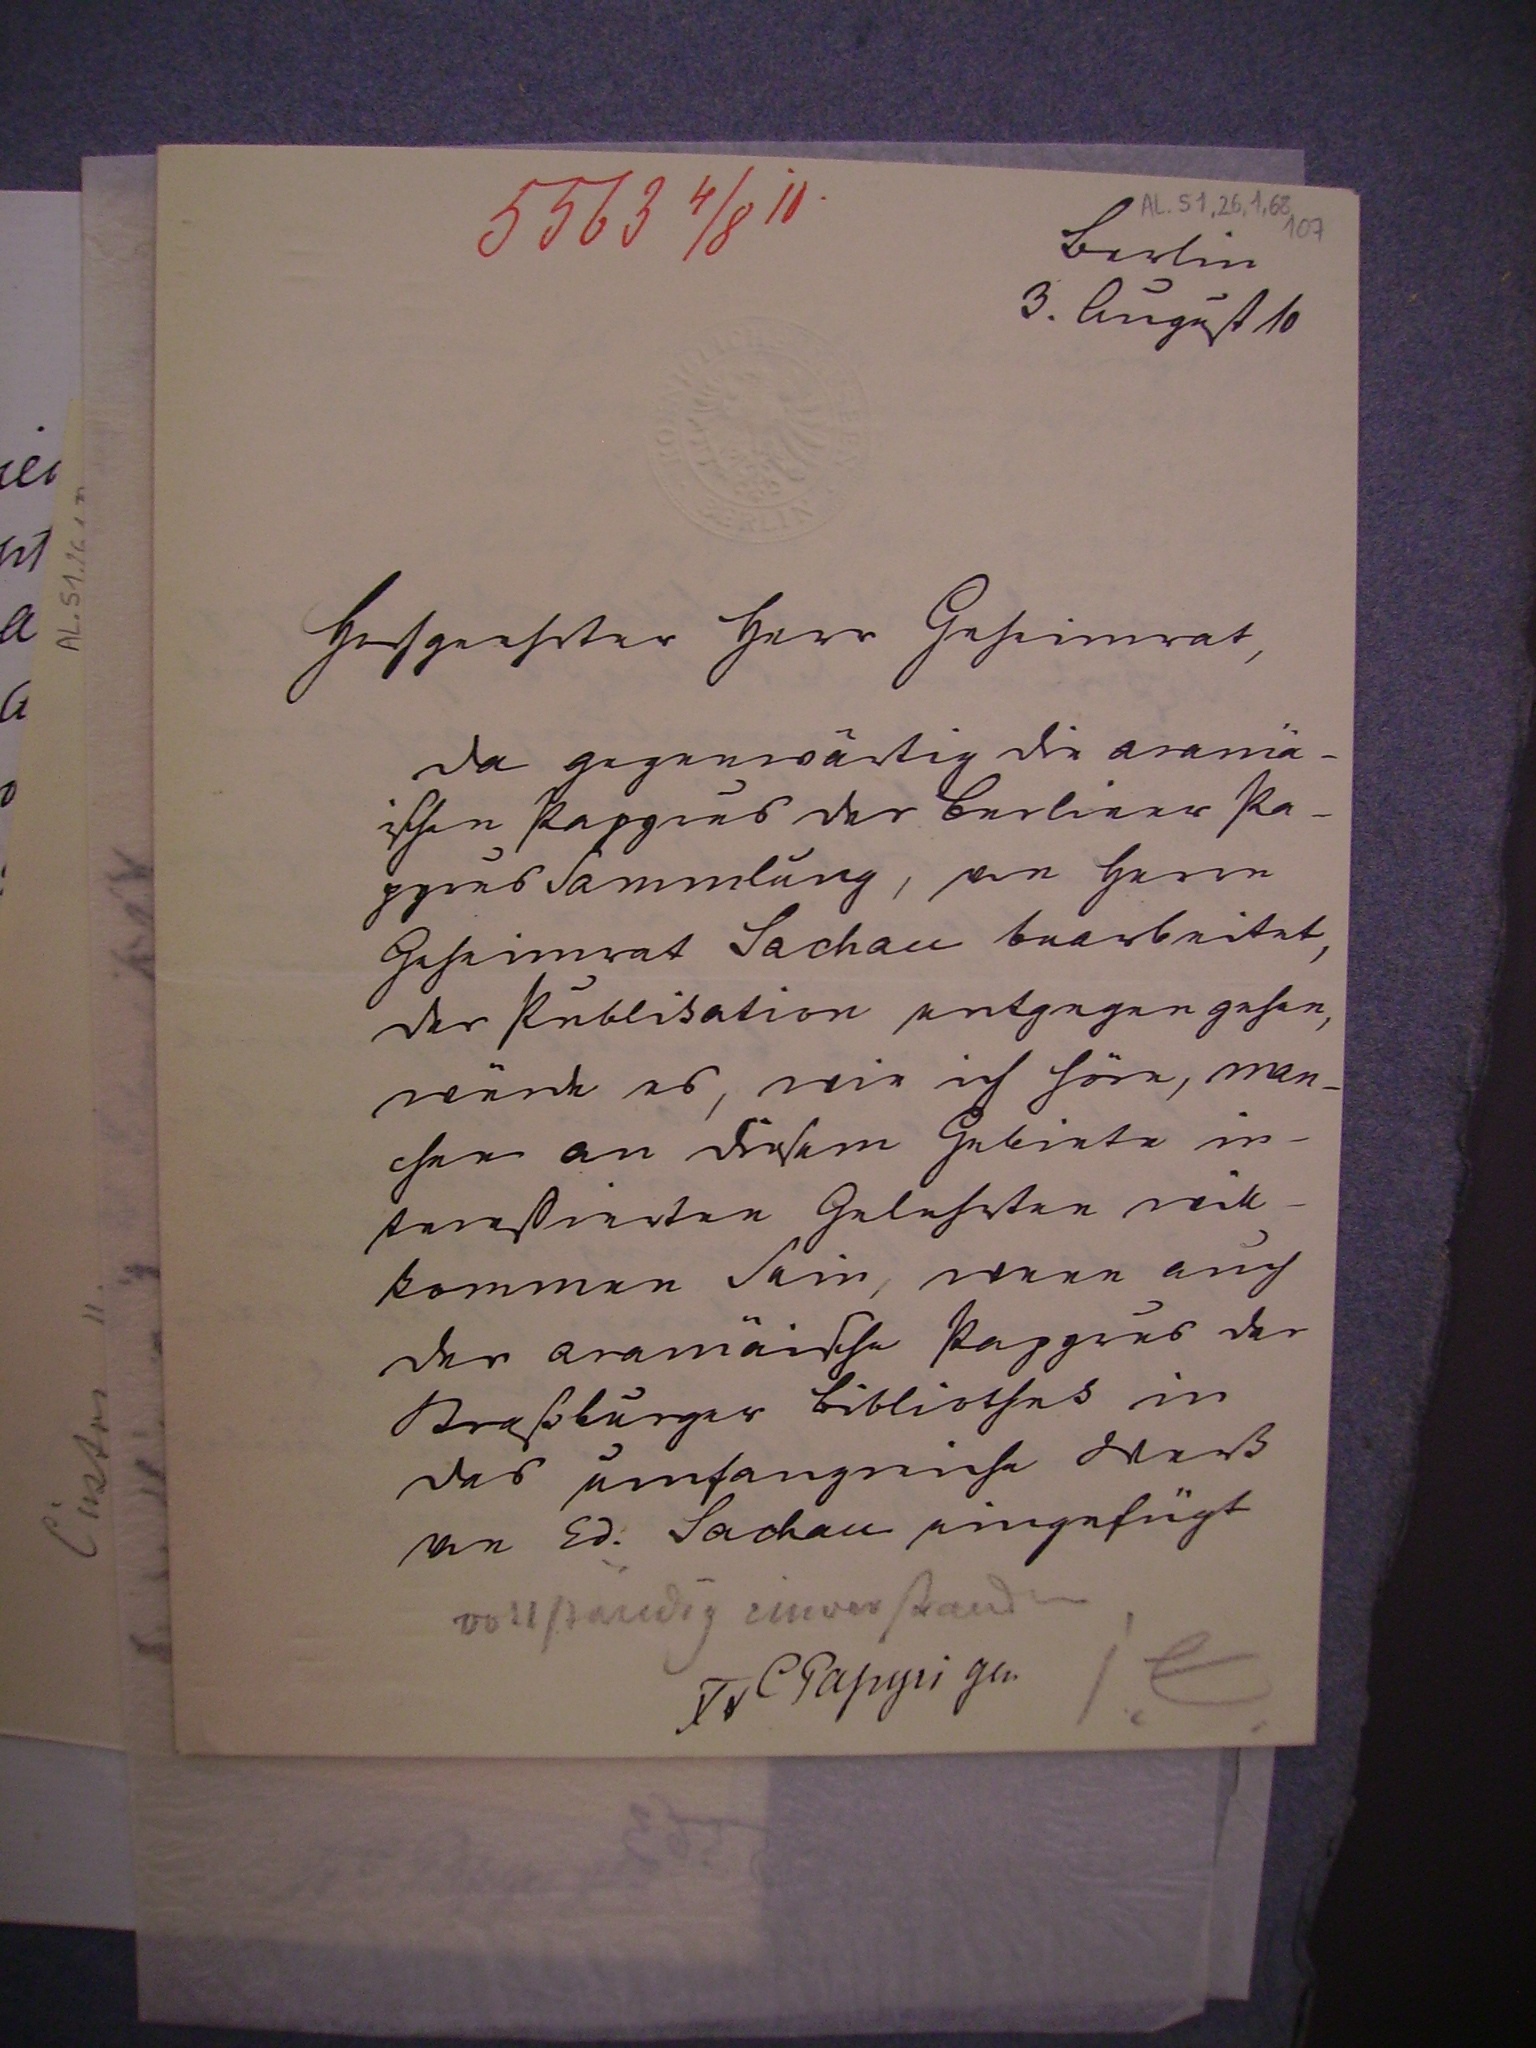
5563 4/8 18.

Berlin
3. August 10
Hochgeehrter Herr Geheimrat,
da gegenwärtig die aramä¬
schen Papyrus der Berlinder Pa¬
pyrus Sammlung, von Herrn
Geheimrat Sachau bearbeitet,
der Publikation entgegen gehen,
würde es, wie ich höre, man¬
chen an diesem Gebiete in¬
teressierten Gelehrten will¬
kommen sein, wenn auch
die aramäischen Papyrus der
Straßburger Bibliothek in
das umfangreiche Werk
von Ed. Sachau eingefügt